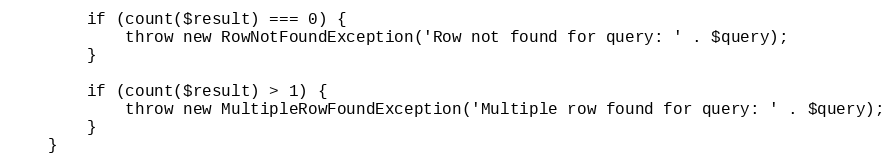
Language: PHP
        if (count($result) === 0) {
            throw new RowNotFoundException('Row not found for query: ' . $query);
        }

        if (count($result) > 1) {
            throw new MultipleRowFoundException('Multiple row found for query: ' . $query);
        }
    }